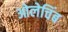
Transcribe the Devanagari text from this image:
ओलेचिंब